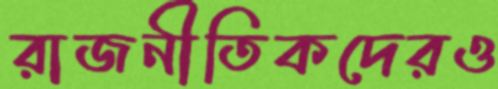
রাজনীতিকদেরও